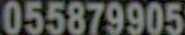
055879905